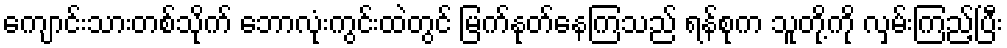
ကျောင်းသားတစ်သိုက် ဘောလုံးကွင်းထဲတွင် မြက်နုတ်နေကြသည် ရန်စုက သူတို့ကို လှမ်းကြည့်ပြီး